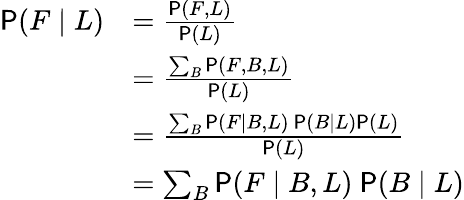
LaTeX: \begin{array}{rl}{\mathsf P(F\mid L)}&{=\frac{\mathsf P(F,L)}{\mathsf P(L)}}\\ &{=\frac{\sum_{B}\mathsf P(F,B,L)}{\mathsf P(L)}}\\ &{=\frac{\sum_{B}\mathsf P(F\mid B,L)~\mathsf P(B\mid L)\mathsf P(L)}{\mathsf P(L)}}\\ &{=\sum_{B}\mathsf P(F\mid B,L)~\mathsf P(B\mid L)}\end{array}